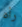
رأه